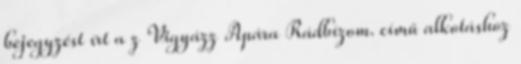
bejegyzést írt a z Vigyázz Apára Rádbízom. című alkotáshoz